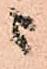
ニ